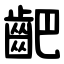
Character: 䶕